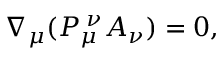
\nabla _ { \mu } ( P _ { \mu } ^ { \; \nu } A _ { \nu } ) = 0 ,